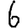
Digit: 6